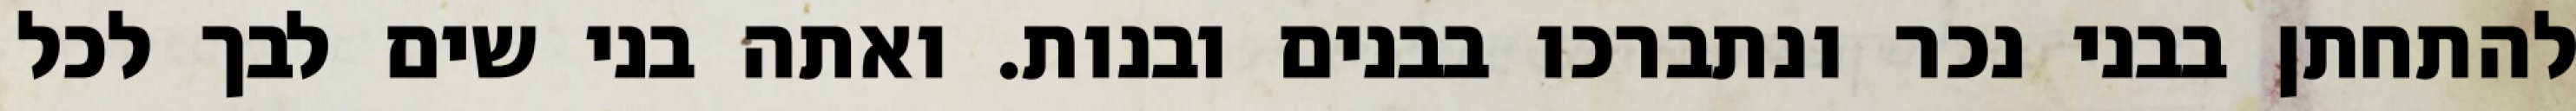
להתחתן בבני נכר ונתברכו בבנים ובנות. ואתה בני שים לבך לכל